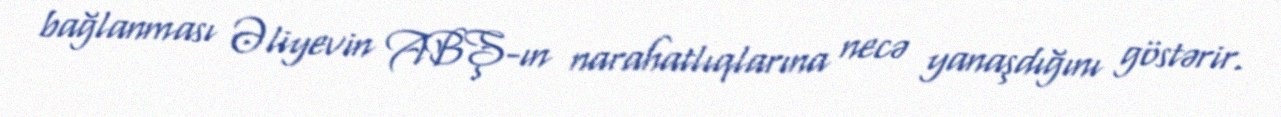
bağlanması Əliyevin ABŞ-ın narahatlıqlarına necə yanaşdığını göstərir.